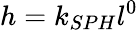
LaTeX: h=k_{SPH}l^{0}